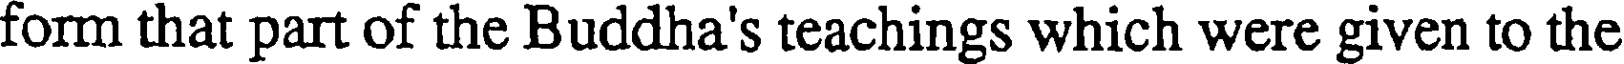
form that part of the Buddha's teachings which were given to the